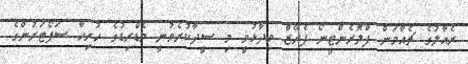
ރެއާލުގެ ޗެއާމަން ފްލޮރެންޓީނޯ ޕެރޭޒް ވިދާޅުވީ މި ސީދާކުރެވުނީ މެޑްރިޑުގެ ހުރިހާ ސަޕޯޓަރުންގެ